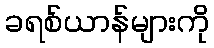
ခရစ်ယာန်များကို